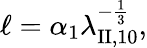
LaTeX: \ell=\alpha_{1}\lambda_{\mathrm{II},10}^{-\frac 13},